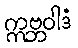
ဣဗ္ဘဝါဒံ